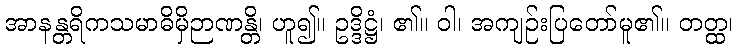
အာနန္တရိကသမာဓိမှိဉာဏန္တိ၊ ဟူ၍။ ဥဒ္ဒိဋ္ဌံ၊ ၏။ ဝါ၊ အကျဉ်းပြတော်မူ၏။ တတ္ထ၊